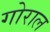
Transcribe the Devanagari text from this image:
गोराल